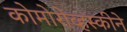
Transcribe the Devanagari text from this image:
कोमोरोव्हस्कीने